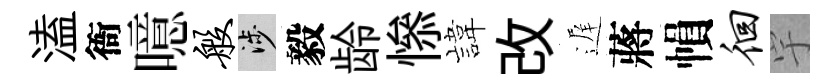
溘衙噫般涉毅龄𢡖旗改遅蔣𢄙徊宇